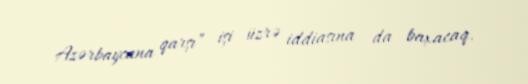
Azərbaycana qarşı” işi üzrə iddiasına da baxacaq.